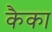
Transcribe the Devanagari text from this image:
कैका